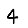
Digit: 4